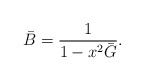
\begin{align*}\bar{B} = \frac{1}{1-x^2\bar{G}}.\end{align*}